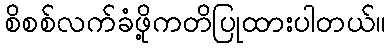
စိစစ်လက်ခံဖို့ကတိပြုထားပါတယ်။